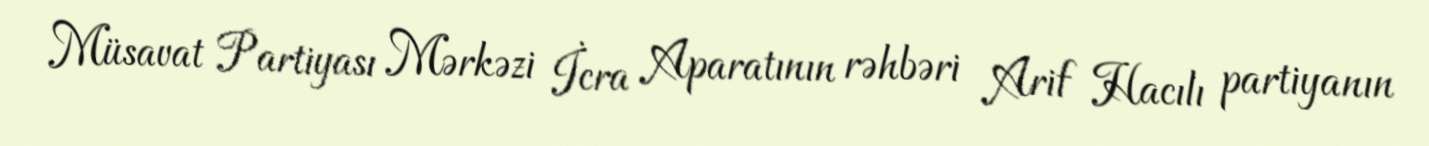
Müsavat Partiyası Mərkəzi İcra Aparatının rəhbəri Arif Hacılı partiyanın